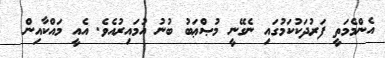
އެންމެމަތީ ފަރުދަކުކަމުގައި ނެގޭނީ މުޞްޢަބު ބުނު އުމައިރުއެވެ. އެއީ މައްކާއިން